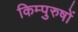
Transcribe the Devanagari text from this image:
किम्पुरुषों